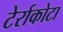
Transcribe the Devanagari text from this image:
टेर्राकोटा